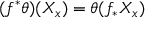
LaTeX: ( f ^ { * } \theta ) ( X _ { x } ) = \theta ( f _ { * } ^ { } X _ { x } )